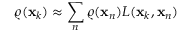
\varrho ( \mathbf { x } _ { k } ) \approx \sum _ { n } \varrho ( \mathbf { x } _ { n } ) L ( \mathbf { x } _ { k } , \mathbf { x } _ { n } )